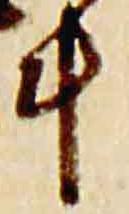
斗